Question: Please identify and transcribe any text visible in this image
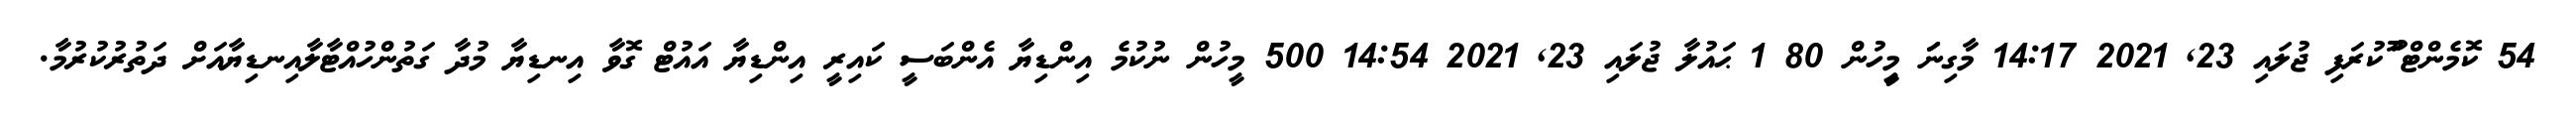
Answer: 54 ކޮމެންޓް ޫުކުރަފި ޖުލައި 23, 2021 14:17 މާގިނަަަ މިިީހުން 80 1 ޙައުލާ ޖުލައި 23, 2021 14:54 500 މީހުން ނުކުމެ އިންޑިޔާ އެންބަސީ ކައިރީ އިންޑިޔާ އައުޓް ގޮވާ އިނޑިޔާ މުދާ ގަތުންހުއްޓާލާއިނޑިޔާއަށް ދަތުރުކުރުމާ.